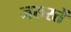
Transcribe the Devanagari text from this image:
जरुरतें